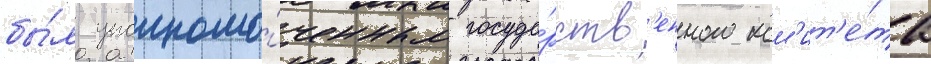
бы́л уполномо́ченным госуда́рств'енного ком'ит'е́та